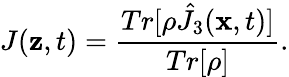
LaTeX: J(\mathbf{z},t)={\frac{{Tr[\rho\hat{{J}}_{3}({\mathbf{x}},t)]}}{{Tr[\rho]}}}.